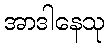
အာဒါနေသု